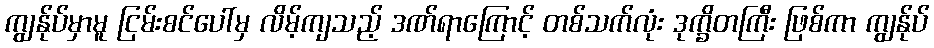
ကျွန်ုပ်မှာမူ ငြမ်းစင်ပေါ်မှ လိမ့်ကျသည့် ဒဏ်ရာကြောင့် တစ်သက်လုံး ဒုက္ခိတကြီး ဖြစ်ကာ ကျွန်ုပ်